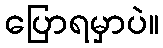
ပြောရမှာပဲ။